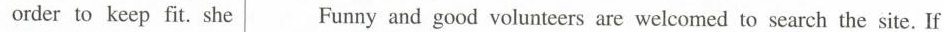
order to keep fit. She Funny and good volunteers are welcomed to search the site. If